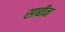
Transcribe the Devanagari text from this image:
साबीन